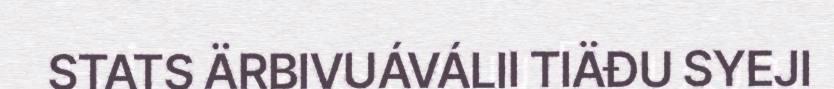
STATS ÄRBIVUÁVÁLII TIÄĐU SYEJI